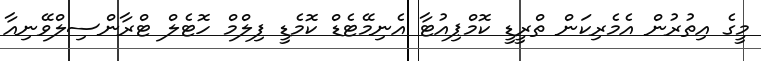
މީގެ އިތުރުން އެމެރިކަން ތްރީޑީ ކޮމްޕިއުޓާ އެނިމޭޓެޑް ކޮމެޑީ ފިލްމް ހޮޓެލް ޓްރާންސިލްވޭނިއާ